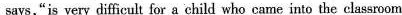
says,"is very dificult for a child who came into the classroom